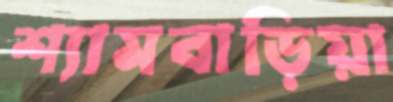
শ্যামবাড়িয়া